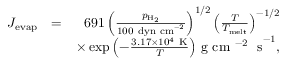
\begin{array} { r l r } { J _ { \mathrm { e v a p } } } & { = } & { 6 9 1 \left( \frac { p _ { \mathrm { H _ { 2 } } } } { 1 0 0 ~ \mathrm { d y n ~ c m } ^ { - 2 } } \right) ^ { 1 / 2 } \left( \frac { T } { T _ { \mathrm { m e l t } } } \right) ^ { - 1 / 2 } } \\ & { } & { \times \exp { \left( - \frac { 3 . 1 7 \times 1 0 ^ { 4 } ~ \mathrm { K } } { T } \right) } ~ \mathrm { g ~ c m ~ ^ { - 2 } ~ ~ s } ^ { - 1 } , } \end{array}